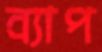
ব্যাপ